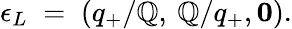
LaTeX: \epsilon_{L}\; =\; (q_{+}/\mathbb{Q},\: \mathbb{Q}/q_{+},{\mathbf{0}}).